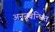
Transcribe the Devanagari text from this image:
अननुबन्धित